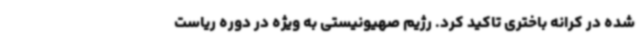
شده در کرانه باختری تاکید کرد. رژیم صهیونیستی به ویژه در دوره ریاست